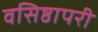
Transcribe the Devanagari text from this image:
वसिष्ठापरी